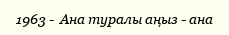
1963 -  Ана туралы аңыз - ана